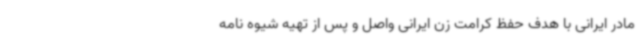
مادر ایرانی با هدف حفظ کرامت زن ایرانی واصل و پس از تهیه شیوه نامه